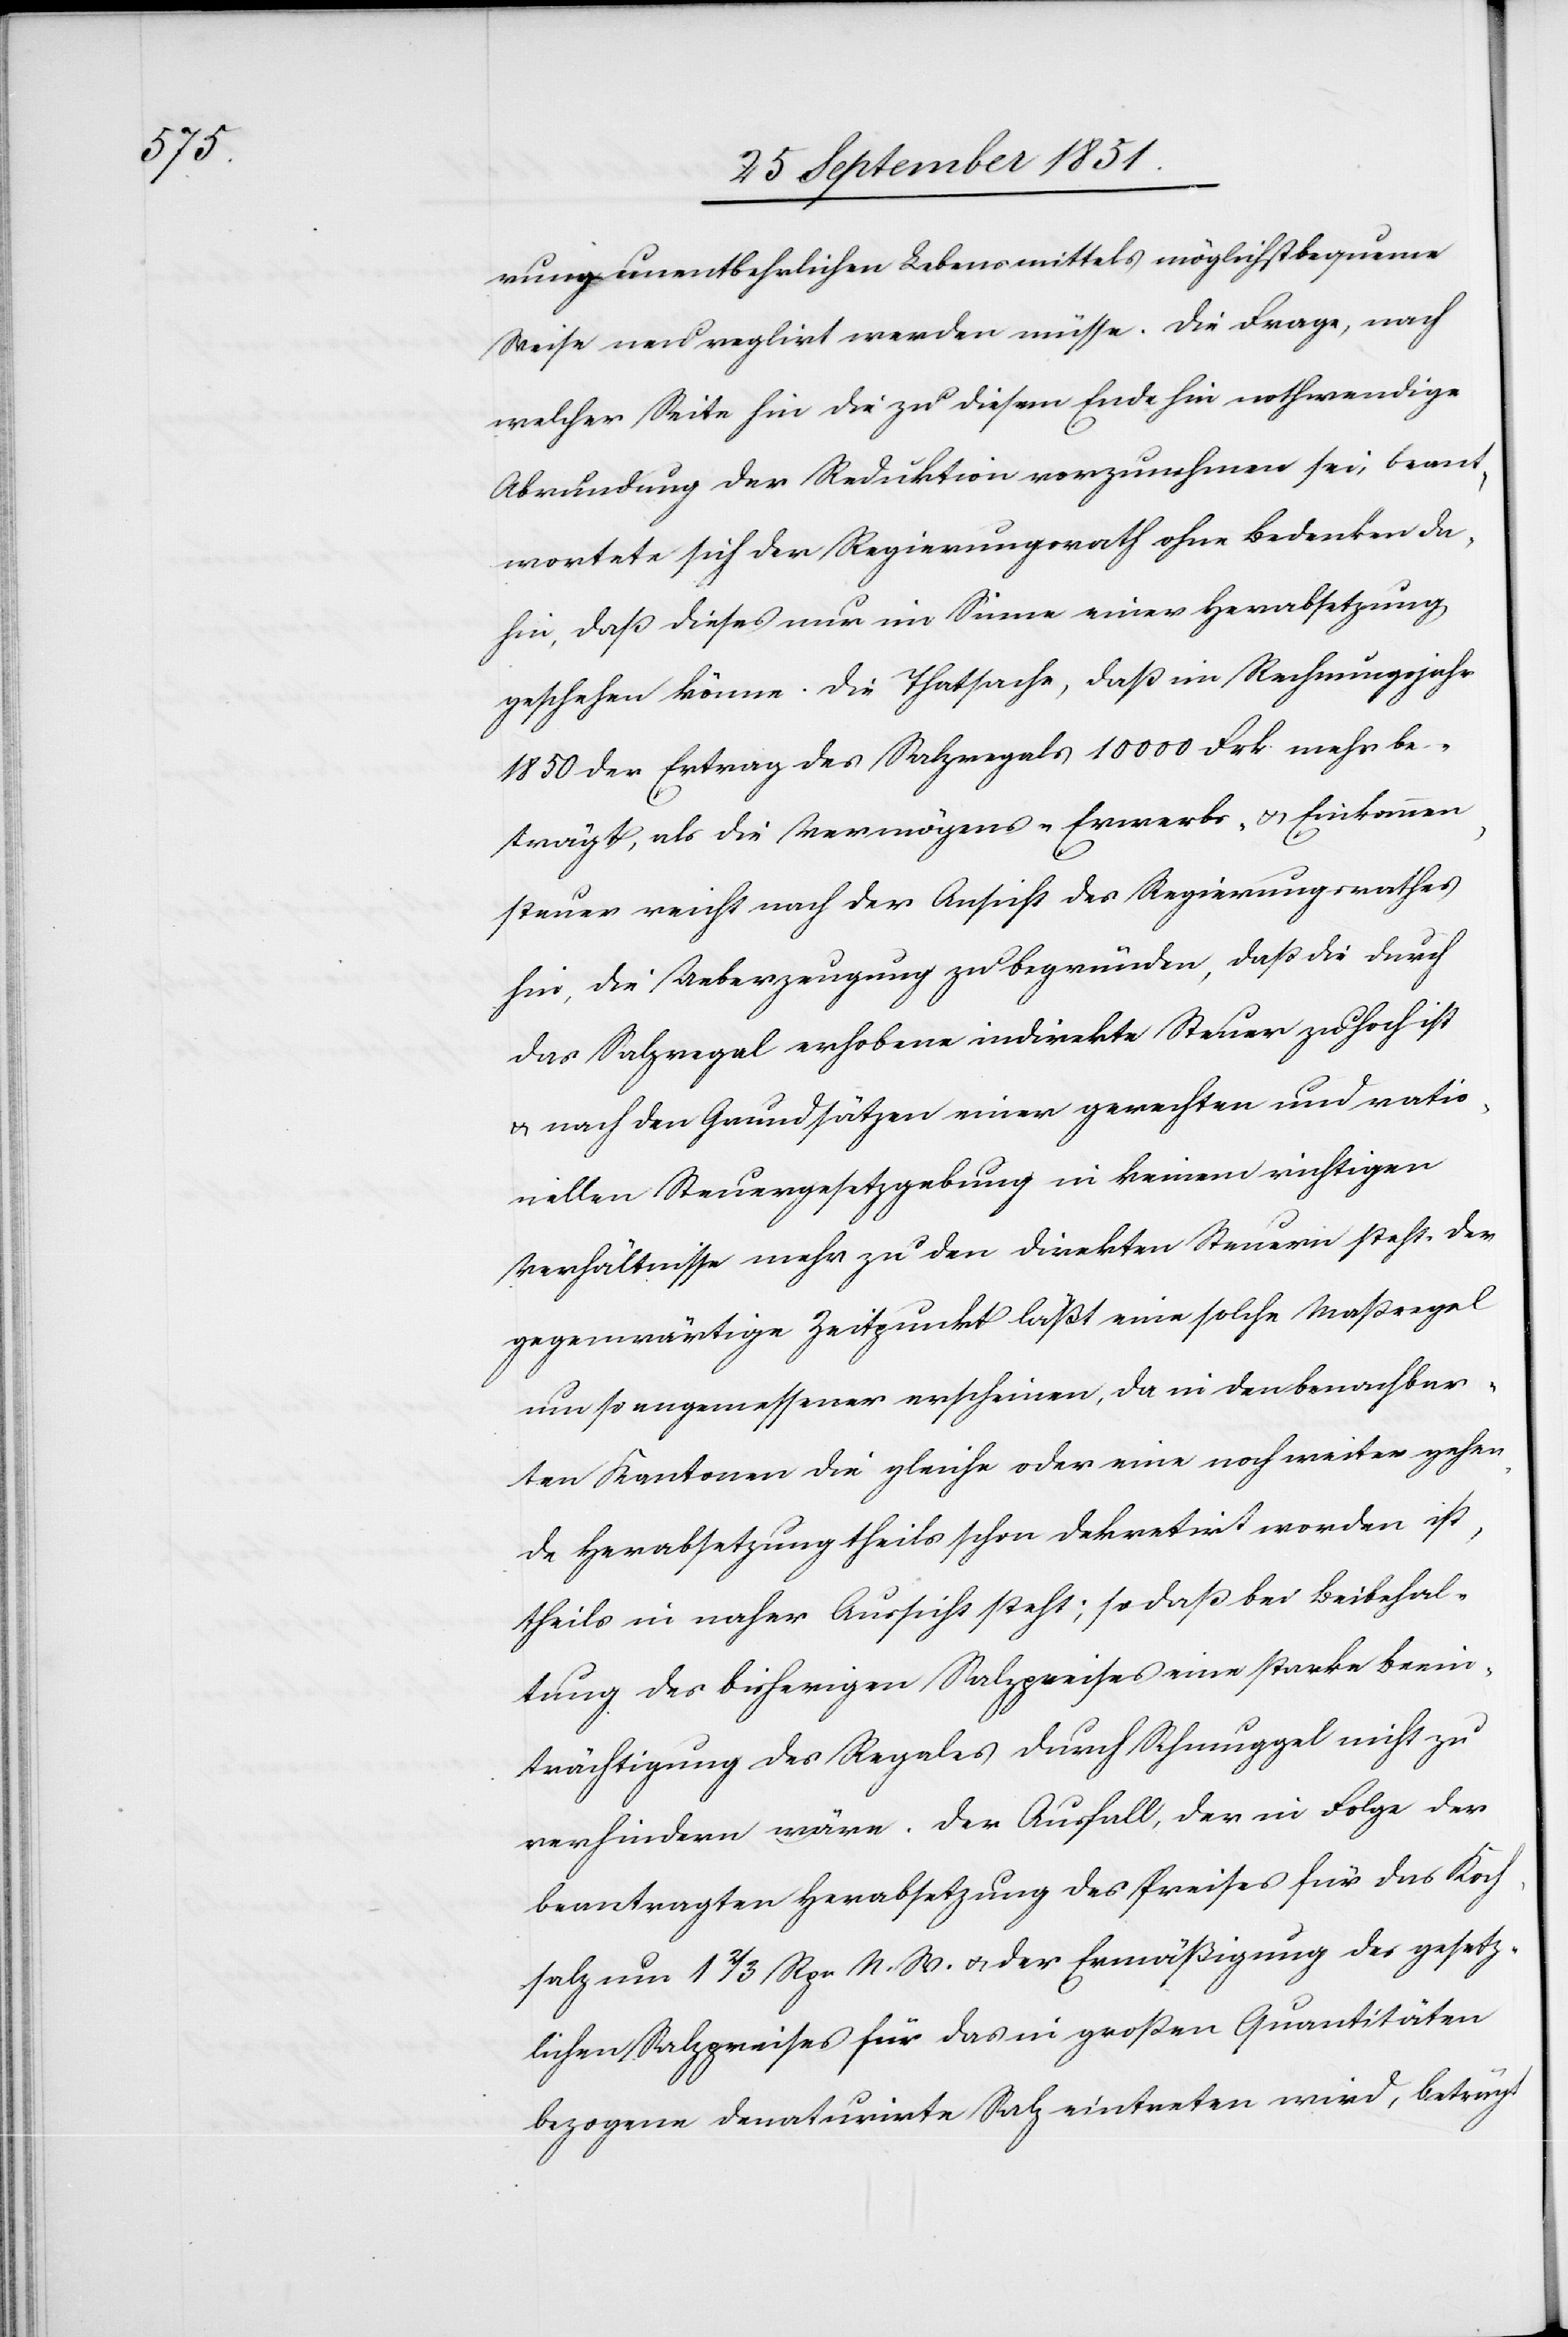
rung unentbehrlichen Lebensmittels möglichst bequeme
Weise neu reglirt werden müsse. Die Frage, nach
welcher Seite hin die zu diesem Ende hin nothwendige
Abrundung der Reduktion vorzunehmen sei, bean¬
twortete sich der Regierungsrath ohne Bedenken da¬
hin, daß dieses nur im Sinne einer Herabsetzung
geschehen könne. Die Thatsache, daß im Rechnungsjahr
1850 der Ertrag des Salzregals 10 000 Frk. mehr be¬
trägt, als die Vermögens-[,] Erwerbs- & Einkommen¬
steuer reicht nach der Ansicht des Regierungsrathes
hin, die Ueberzeugung zu begründen, daß die durch
das Salzregal erhobene indirekte Steuer zu hoch ist
& nach den Grundsätzen einer gerechten und ratio¬
nellen Steuergesetzgebung in keinem richtigen
Verhältnisse mehr zu den direkten Steuern steht. Der
gegenwärtige Zeitpunkt läßt eine solche Maßregel
um so angemessener erscheinen, da in den benachbar¬
ten Kantonen die gleiche oder eine noch weiter gehen¬
de Herabsetzung theils schon dekretirt worden ist,
theils in naher Aussicht steht; so daß bei Beibehal¬
tung des bisherigen Salzpreises eine starke Beein¬
trächtigung des Regales durch Schmuggel nicht zu
verhindern wäre. Der Ausfall, der in Folge der
beantragten Herabsetzung des Preises für das Koch¬
salz um 1 2/3 Rpn N. W. & der Ermäßigung des gesetz¬
lichen Salzpreises für das in großen Quantitäten
bezogene denaturirte Salz eintreten wird, beträgt